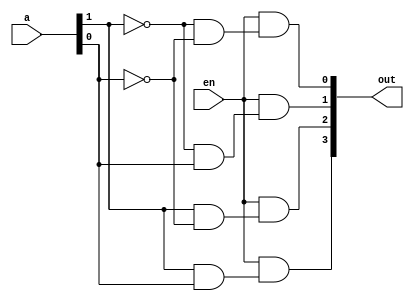
module Two_to_four_decoder(
	input wire [1:0] a,
	input wire en,
	output wire [3:0] out
);

assign out[0] = en & (~a[1] & ~a[0]);
assign out[1] = en & (~a[1] & a[0]);
assign out[2] = en & (a[1] & ~a[0]);
assign out[3] = en & (a[1] & a[0]);

endmodule